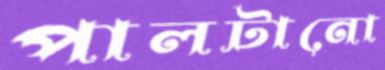
পালটানো